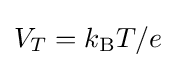
V_{T}=k_{\text{B}}T/e